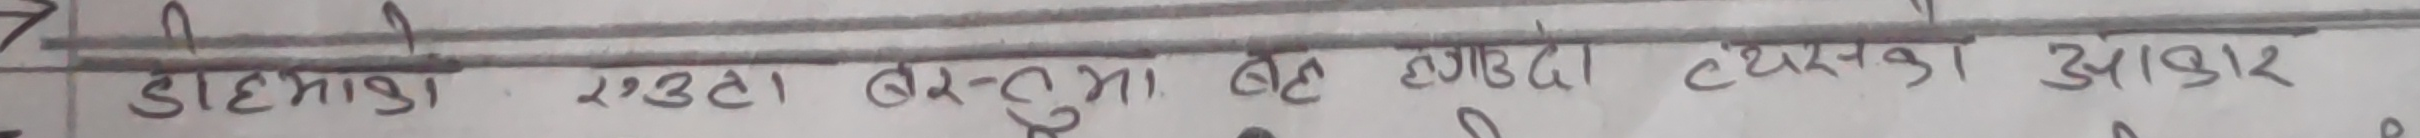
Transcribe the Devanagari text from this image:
दाहिने एउटा वस्तुमा बल लगाउँदा त्यसका आकार